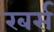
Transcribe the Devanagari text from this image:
रबर्स